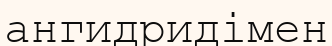
ангидридімен